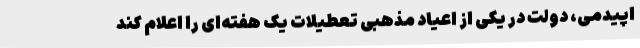
اپیدمی، دولت در یکی از اعیاد مذهبی تعطیلات یک هفته‌ای را اعلام کند